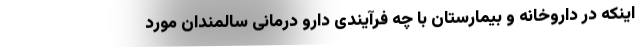
اینکه در داروخانه و بیمارستان با چه فرآیندی دارو درمانی سالمندان مورد